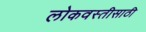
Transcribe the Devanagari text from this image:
लोकवस्तीसाठी